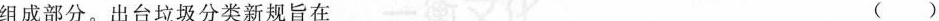
组成部分。出台垃圾分类新规旨在 ( )